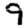
Digit: 9